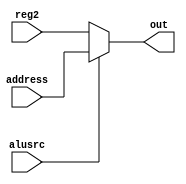
module alusrc_mux (

	input [63:0] reg2, 
	input [63:0] address,
	input alusrc,
	output reg [63:0] out

);

always @* begin 

	if (alusrc == 0) out <= reg2;
	else out <= address;

end

endmodule